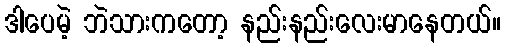
ဒါပေမဲ့ ဘဲသားကတော့ နည်းနည်းလေးမာနေတယ်။